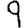
Digit: 9